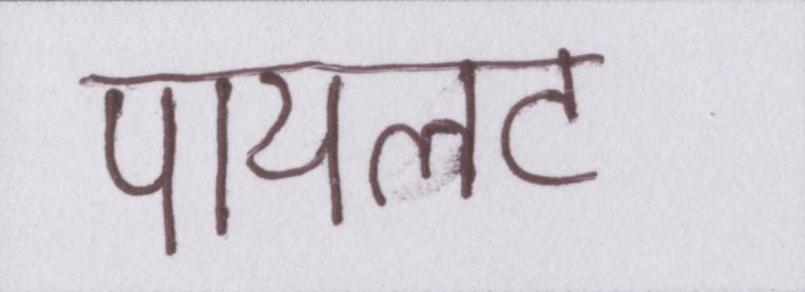
पायलट